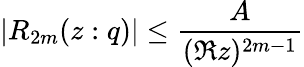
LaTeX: |R_{2m}(z:q)|\leq\frac{A}{(\Re z)^{2m-1}}